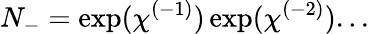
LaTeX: N_{-}=\exp(\chi^{(-1)})\exp(\chi^{(-2)})...